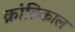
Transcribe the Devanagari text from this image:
क्रांतिकाल